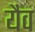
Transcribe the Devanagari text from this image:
यैव